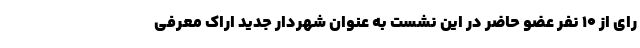
رای از ۱۰ نفر عضو حاضر در این نشست به عنوان شهردار جدید اراک معرفی